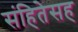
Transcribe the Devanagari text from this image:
संहितेसह